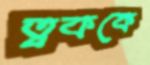
ত্বককে